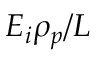
E _ { i } \rho _ { p } / L